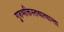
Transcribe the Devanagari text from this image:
गुरुभक्तिस्तथात्यान्ता